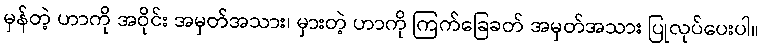
မှန်တဲ့ ဟာကို အဝိုင်း အမှတ်အသား၊ မှားတဲ့ ဟာကို ကြက်ခြေခတ် အမှတ်အသား ပြုလုပ်ပေးပါ။